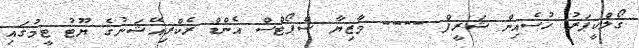
ގޯލްކީޕަރު ހުސެއިން ޝަރީފް ---- މާޒިޔާ ސްޕޯޓްސް އެންޑް ރެކްރިއޭޝަނުގެ ޔޫޓު ޓީމުގައި